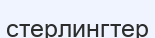
стерлингтер